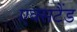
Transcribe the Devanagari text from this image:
एक्सटैंड